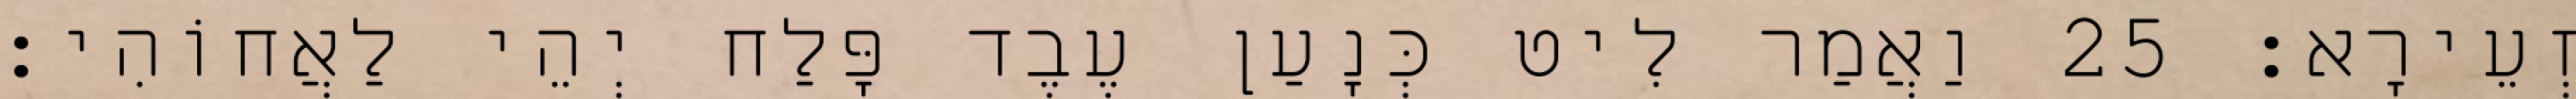
זְעֵירָא׃ 25 וַאֲמַר לִיט כְּנָעַן עֶבֶד פָּלַח יְהֵי לַאֲחוֹהִי׃